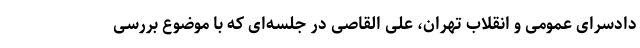
دادسرای عمومی و انقلاب تهران، علی القاصی در جلسه‌ای که با موضوع بررسی